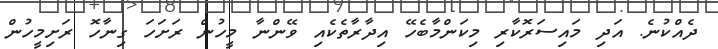
ދެއްކުނެ. އަދި މައިސަރޮކާރި މިކަންމާބެހޭ އިދާރާތެކެއި ވޭންނާ މީހުން ރަށަހަ ގިނާހޮ ރަށިމީހުން